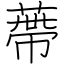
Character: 蔕